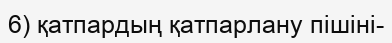
6) қатпардың қатпарлану пішіні-